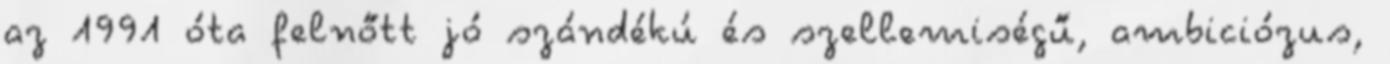
az 1991 óta felnőtt jó szándékú és szellemiségű, ambiciózus,